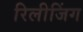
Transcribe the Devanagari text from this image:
रिलीजिंग